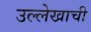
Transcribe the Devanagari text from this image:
उल्लेखाची